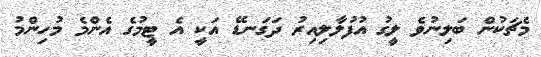
މެޗަކުން ބަލިނުވެ ލީގު އުފުލާލިއިރު ދަގަނޑޭ އަކީ އެ ޓީމުގެ އެންމެ މުހިންމު